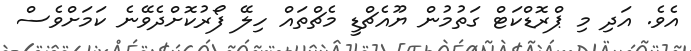
އެވެ. އަދި މި ޕްރޮޑްކަޓް ގަތުމުން ޔޫއެޗްޑީ މެޗްތައް ހިލޭ ފޯރުކޮށްދެވޭނެ ކަމަށްވެސް